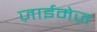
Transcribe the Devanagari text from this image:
ज़ाईमेज़